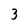
Character: 3